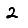
Digit: 2